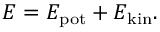
E = E _ { \mathrm { p o t } } + E _ { \mathrm { k i n } } .